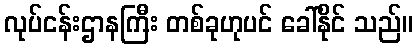
လုပ်ငန်းဌာနကြီး တစ်ခုဟုပင် ခေါ်နိုင် သည်။